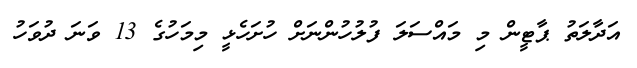
އަދާލަތު ޕާޓީން މި މައްސަލަ ފުލުހުންނަށް ހުށަހެޅީ މިމަހުގެ 13 ވަނަ ދުވަހު